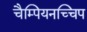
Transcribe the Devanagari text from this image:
चैम्पियनच्चिप